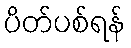
ပိတ်ပစ်ရန်